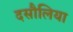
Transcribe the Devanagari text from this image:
दसौलिया